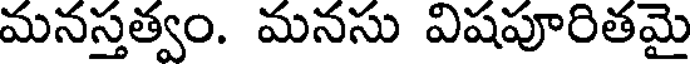
మనస్తత్వం. మనసు విషపూరితమై